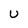
Character: U